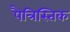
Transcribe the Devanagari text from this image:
पैत्रिस्तिक